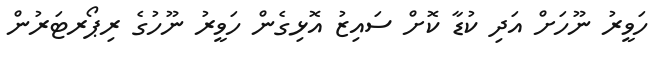
ހަވީރު ނޫހަށް އަދި ކުޑާ ކޮށް ސައިޒު އޮޅިގެން ހަވީރު ނޫހުގެ ރިޕޯރޓަރުން